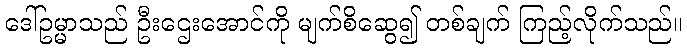
ဒေါ်ဥမ္မာသည် ဦးဌေးအောင်ကို မျက်စိဆွေ၍ တစ်ချက် ကြည့်လိုက်သည်။